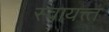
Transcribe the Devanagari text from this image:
स्वायत्त्त